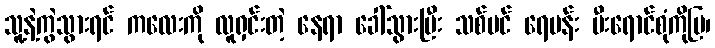
သူ့နဲ့ကွဲသွားရင် ကလေးကို လူရှင်းတဲ့ နေရာ ခေါ်သွားပြီး သစ်ပင် ရေပန်း မီးရောင်စုံကိုပြ၊